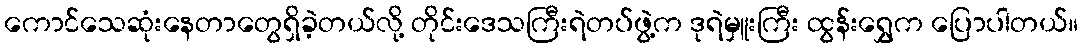
ကောင်သေဆုံးနေတာတွေရှိခဲ့တယ်လို့ တိုင်းဒေသကြီးရဲတပ်ဖွဲ့က ဒုရဲမှူးကြီး ထွန်းရွှေက ပြောပါတယ်။